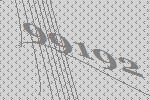
99192